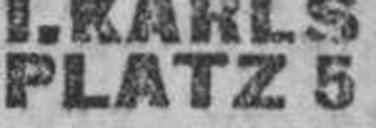
PLATZ 5